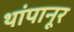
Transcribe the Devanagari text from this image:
थांपानूर